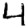
Digit: 4